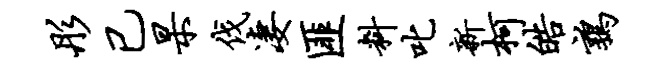
彤已杲伐凄匪料叱新柯皓鹑